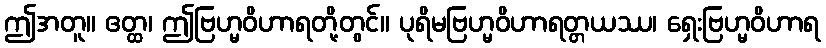
ဤအတူ။ ဧတ္ထ၊ ဤဗြဟ္မဝိဟာရတို့တွင်။ ပုရိမဗြဟ္မဝိဟာရတ္တယဿ၊ ရှေးဗြဟ္မဝိဟာရ